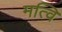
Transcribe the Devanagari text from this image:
मत्वि